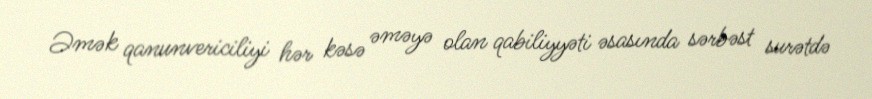
Əmək qanunvericiliyi hər kəsə əməyə olan qabiliyyəti əsasında sərbəst surətdə